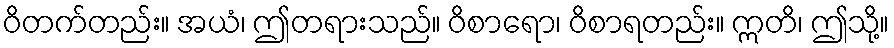
ဝိတက်တည်း။ အယံ၊ ဤတရားသည်။ ဝိစာရော၊ ဝိစာရတည်း။ ဣတိ၊ ဤသို့။